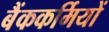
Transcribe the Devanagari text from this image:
बैंककर्मियों